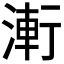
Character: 𭱤